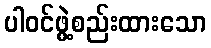
ပါဝင်ဖွဲ့စည်းထားသော